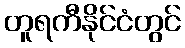
တူရကီနိုင်ငံတွင်